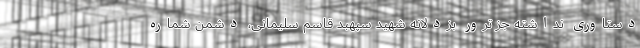
دستاوری نداشته جز ترور بزدلانه شهید سپهبد قاسم سلیمانی، دشمن شماره